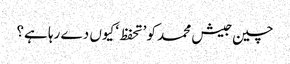
چین جیش محمد کو ’تحفظ‘ کیوں دے رہا ہے؟